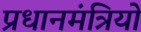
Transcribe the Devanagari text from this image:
प्रधानमंत्रियो